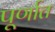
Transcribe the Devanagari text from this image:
पूर्णात